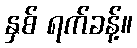
နှစ် ရက်ခန့်။